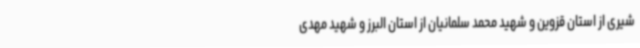
شیری از استان قزوین و شهید محمد سلمانیان از استان البرز و شهید مهدی